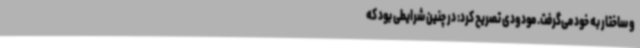
و ساختار به خود می‌گرفت. مودودی تصریح کرد: در چنین شرایطی بود که